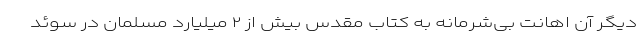
دیگر آن اهانت بی‌شرمانه به کتاب مقدس بیش از ۲ میلیارد مسلمان در سوئد